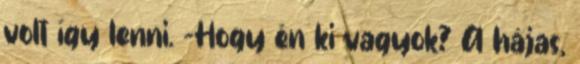
volt így lenni. -Hogy én ki vagyok? A hájas,